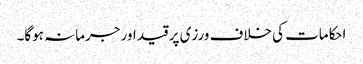
احکامات کی خلاف ورزی پر قید اور جرمانہ ہوگا۔